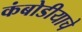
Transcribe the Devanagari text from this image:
कंबोडीयाचे